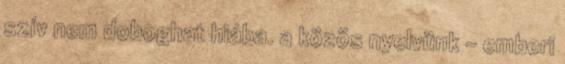
szív nem doboghat hiába. a közös nyelvünk – emberi